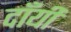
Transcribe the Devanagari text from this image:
दाँयी